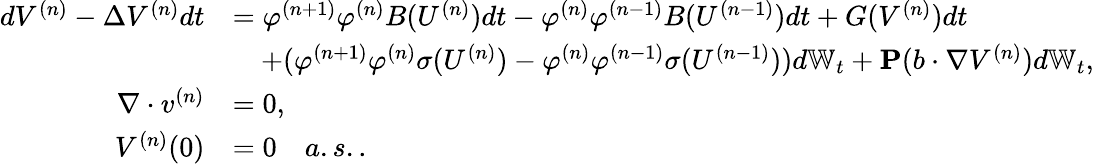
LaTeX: \begin{array}{rl}{dV^{(n)}-\Delta V^{(n)}dt}&{=\varphi^{(n+1)}\varphi^{(n)}B(U^{(n)})dt-\varphi^{(n)}\varphi^{(n-1)}B(U^{(n-1)})dt+G(V^{(n)})dt}\\ &{\quad+(\varphi^{(n+1)}\varphi^{(n)}\sigma(U^{(n)})-\varphi^{(n)}\varphi^{(n-1)}\sigma(U^{(n-1)}))d\mathbb{W}_{t}+\mathbf{P}(b\cdot\nabla V^{(n)})d\mathbb{W}_{t},}\\ {\nabla\cdot v^{(n)}}&{=0,}\\ {V^{(n)}(0)}&{=0\quad a.s..}\end{array}